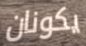
يكونان